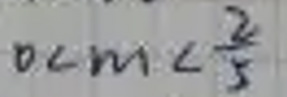
\[0 < m < \frac{2}{5}\]